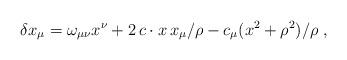
LaTeX: \begin{align*}\delta x_\mu = \omega_{\mu\nu}x^\nu+2\,c\cdot x\,x_\mu/\rho-c_\mu(x^2+\rho^2)/\rho \; ,\end{align*}